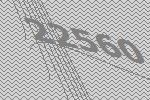
22560